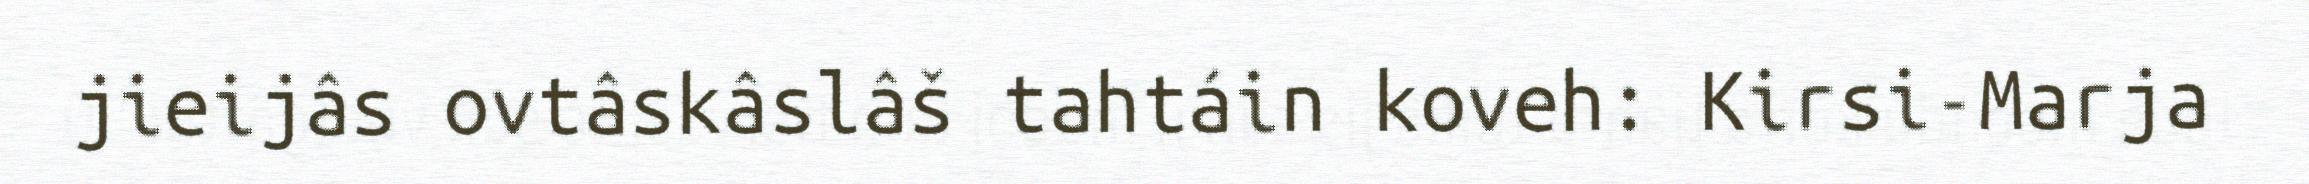
jieijâs ovtâskâslâš tahtáin koveh: Kirsi-Marja